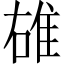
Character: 䧺